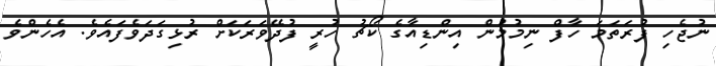
ނުޖެހި ފުރަތަމަ ހާފް ނިމުމުން އިންޑިއާގެ ކޯޗު ހުރީ ފުދޭވަރަކަށް ރުޅިގަދަވެފައެވެ. އެހެންވެ